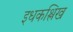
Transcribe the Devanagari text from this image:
इधकश्लिख